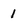
Character: 1